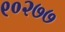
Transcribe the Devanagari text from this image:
९०२७७